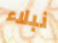
نبلاء